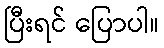
ပြီးရင် ပြောပါ။